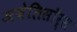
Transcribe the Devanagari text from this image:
अबेलिसॉर्स